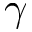
\gamma